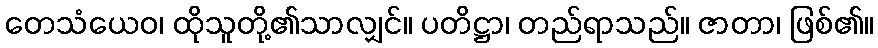
တေသံယေဝ၊ ထိုသူတို့၏သာလျှင်။ ပတိဋ္ဌာ၊ တည်ရာသည်။ ဇာတာ၊ ဖြစ်၏။